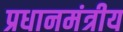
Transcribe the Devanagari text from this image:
प्रधानमंत्रीय